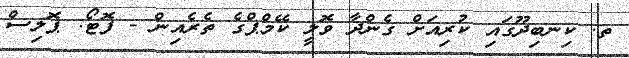
ތ. ކިނބިދޫގައި ކުރިއަށް ގެންދާ ވޮލީ ކޭމްޕްގެ ތެރެއިން - ފޮޓޯ: ޕޮލިސް